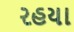
રહયા